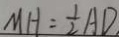
M H = \frac { 1 } { 2 } A D